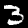
Label: 3